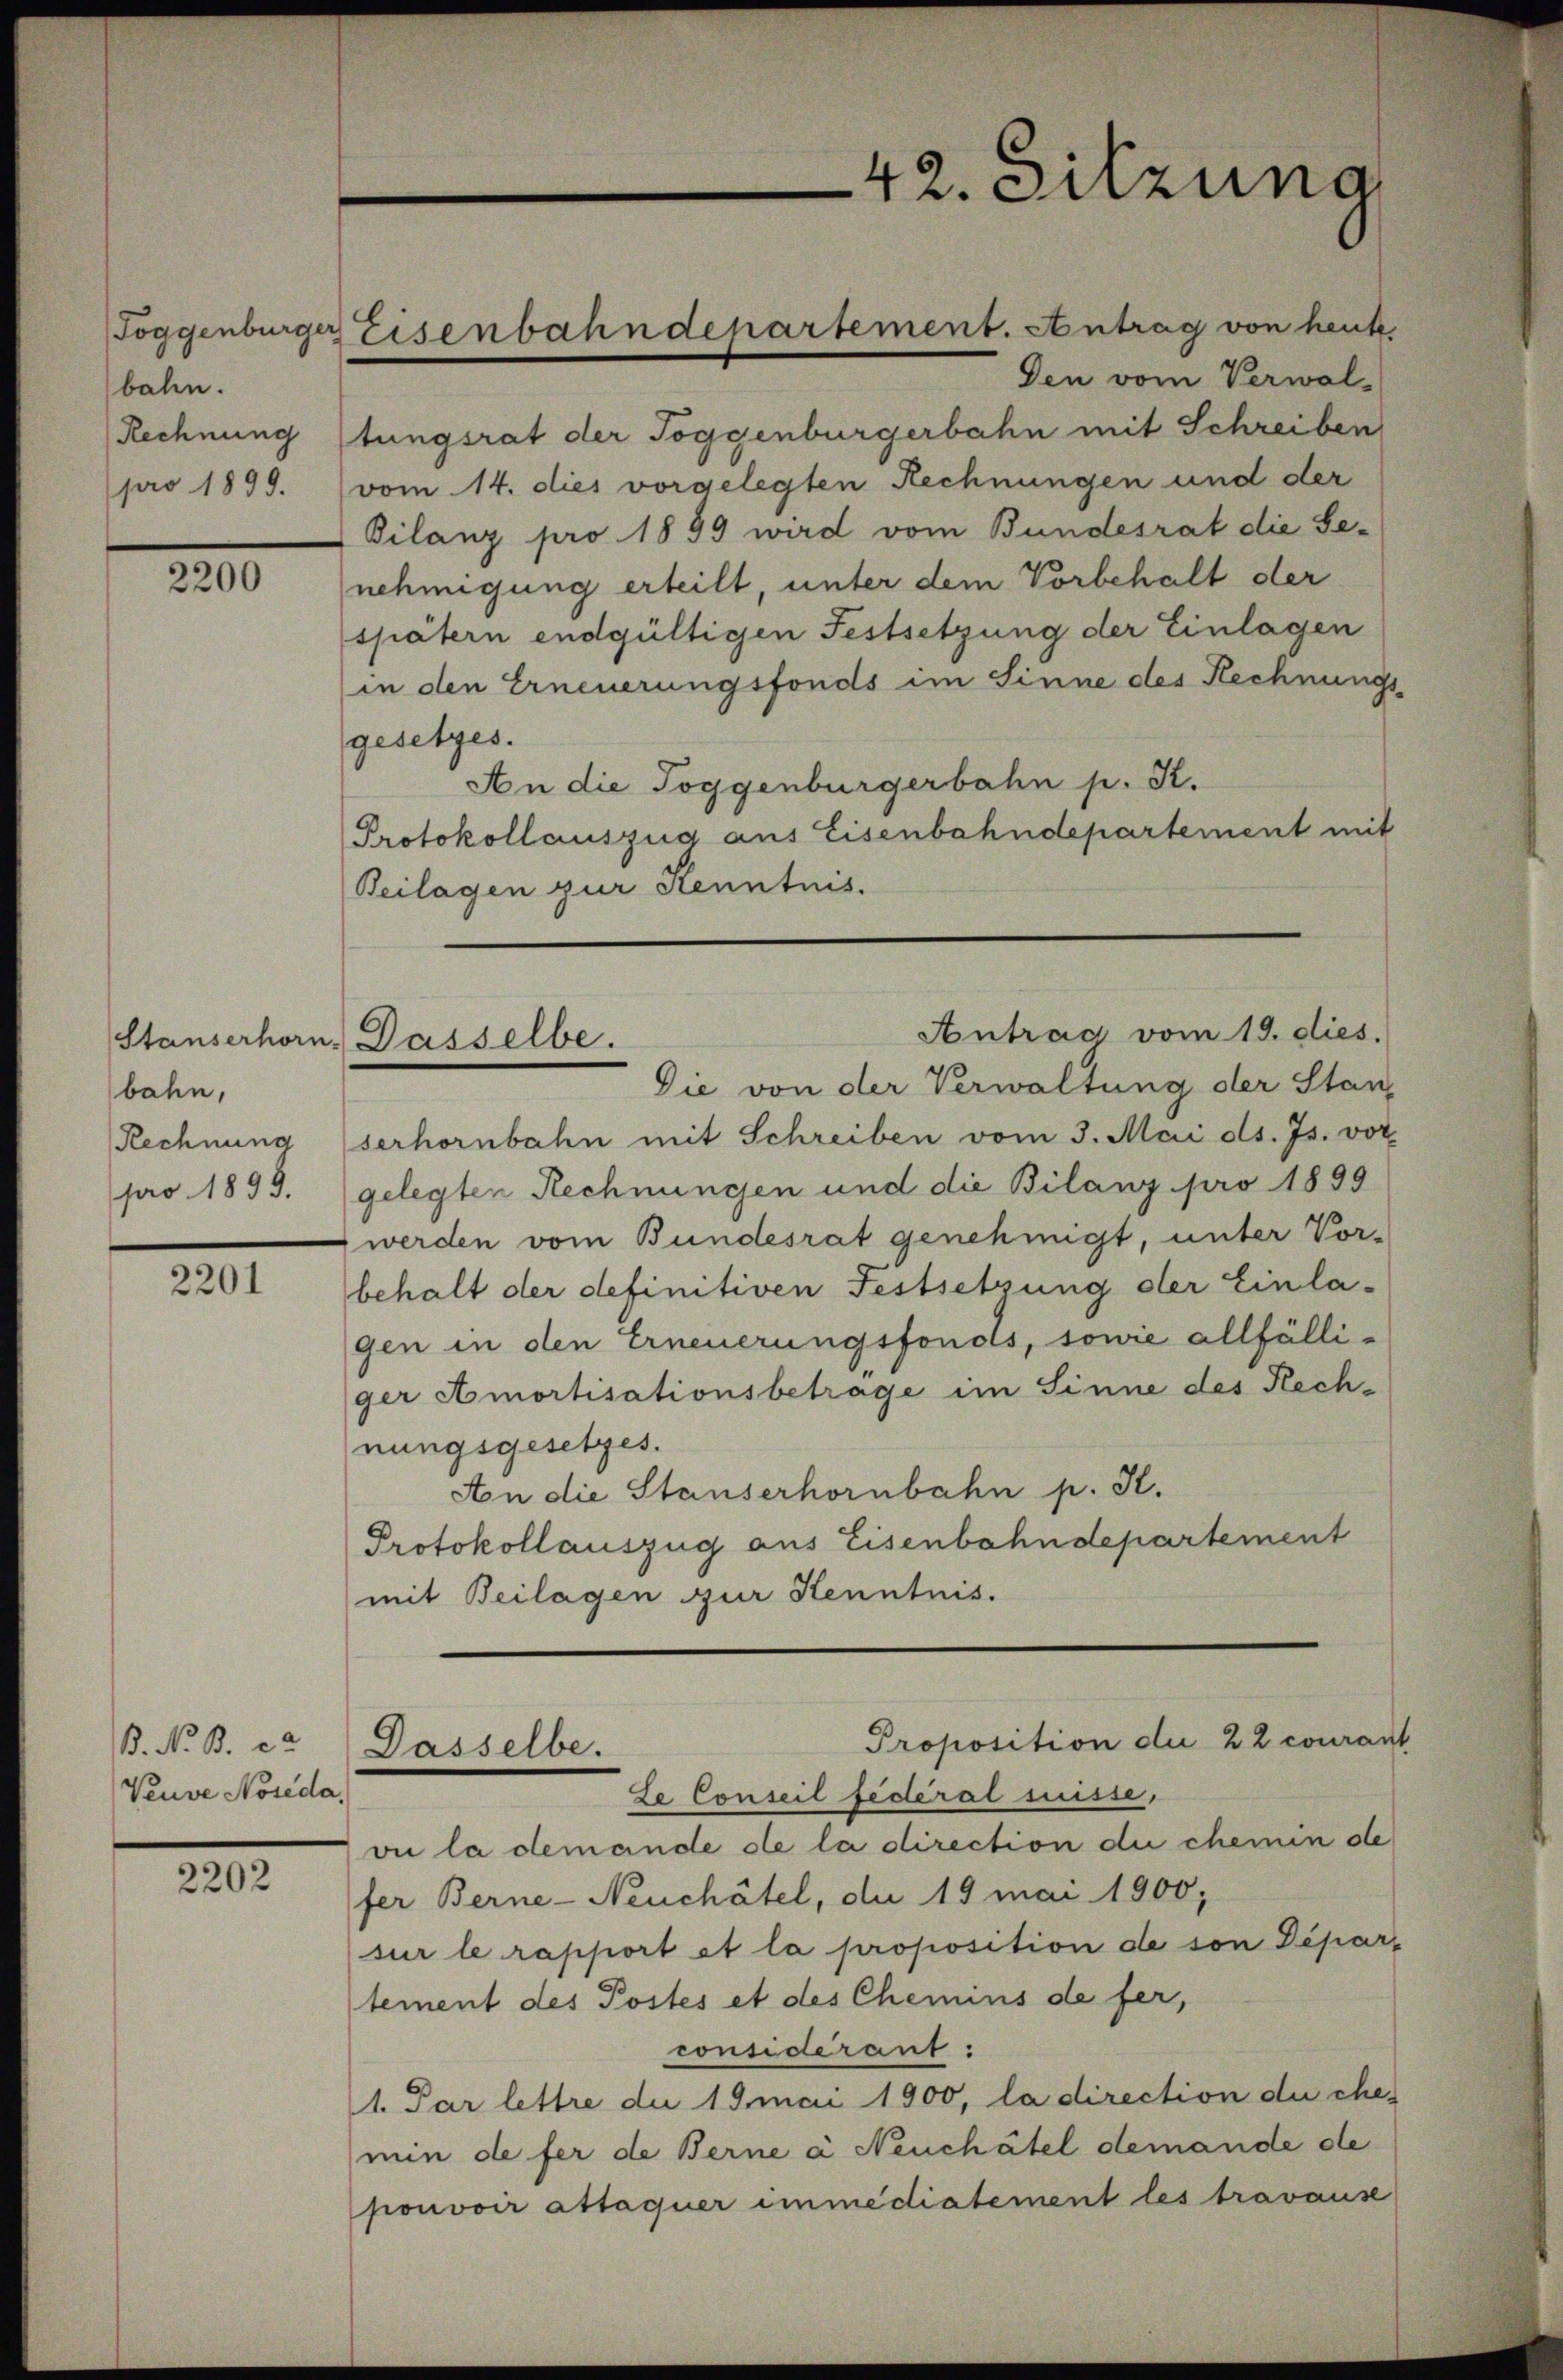
bahn.
Rechnung
pro 1899.

2200

bahn,
Rechnung
pro 1899.

2201

B. N. B. ca
Veuve Noseda,

2202

tungsrat der Toggenburgerbahn mit Schreiben
vom 14. dies vorgelegten Rechnungen und der
Bilanz pro 1899 wird vom Bundesrat die Se-

Toggenburger Eisenbahndepartement. Antrag von heut

serhörnbahn mit Schreiben vom 3. Mai d. Js. vot
gelegten Rechnungen und die Bilanz pro 1899
werden vom Bundesrat genehmigt, unter Vor-
behalt der definitiven Festsetzung der Einlagen in den Erneuerungsfonds, sowie allfälliger Amortisationsbetrage im Sinne des Rechnungsgesetzes.
An die Stauserhornbahn p. St.
Protokollauszug aus Eisenbahndepartement
mit Beilagen zur Kenntnis.

42. Sitzung

Antrag vom 19. dies.
Stauserhorn, Dasselbe.
Die von der Verwaltung der Stan¬

Dasselbe.

Den vom Verwal-
nehmigung erteilt, unter dem Vorbehalt der
spätern endgültigen Festsetzung der Einlagen
in den Erneuerungsfonds im Sinne des Rechnungs
gesetzes.
An die Toggenburgerbahn p. K.
Protokollauszug aus Eisenbahndepartement mit
Beilagen zur Kenntnis.

Le Conseil fédéral suisse,
vie la demande de la direction die chemin de
fer Berne-Neuchâtel, die 19 mai 1900;
sur le rapport et la proposition de von Departement des Postes et des Chemins de fer,
considérant:
1. Par lettre die 19 mai 1900, la direction du che-
min de fer de Berne à Neuchâtel demande de
pouvoir attaquer immediatement les travause

Proposition die 22 courant